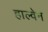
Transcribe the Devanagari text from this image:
हाल्वेन